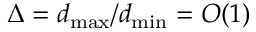
\Delta = d _ { \operatorname* { m a x } } / d _ { \operatorname* { m i n } } = O ( 1 )